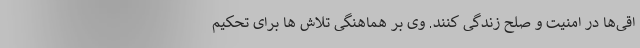
اقی‌ها در امنیت و صلح زندگی کنند. وی بر هماهنگی تلاش ها برای تحکیم